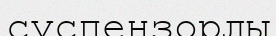
суспензорлы